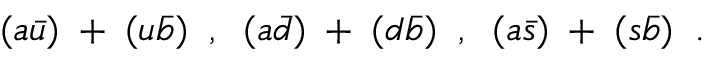
( a \bar { u } ) \; + \; ( u \bar { b } ) \; \; , \; \; ( a \bar { d } ) \; + \; ( d \bar { b } ) \; \; , \; \; ( a \bar { s } ) \; + \; ( s \bar { b } ) \; \; .